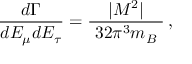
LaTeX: \frac { d \Gamma } { d E _ { \mu } d E _ { \tau } } = \frac { | { \cal M } ^ { 2 } | } { ~ 3 2 \pi ^ { 3 } m _ { B } ~ } \, ,